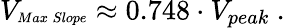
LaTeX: V_{\substack{\scriptscriptstyle Max\, Slope}}\approx 0.748\cdot V_{peak}~.